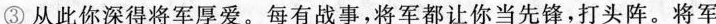
③ 从此你深得将军厚爱。每有战事，将军都让你当先锋，打头阵。将军